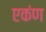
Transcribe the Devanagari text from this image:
एकंण